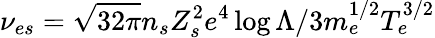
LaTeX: \nu_{es}=\sqrt{32\pi}n_{s}Z_{s}^{2}e^{4}\log\Lambda/3m_{e}^{1/2}T_{e}^{3/2}